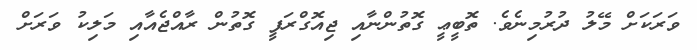
ވަރަކަށް މޭލު ދުރުމިނެވެ. ތޮބީޢީ ގޮތުންނާއި ޖިއޮގްރަފީ ގޮތުން ރާއްޖެއާއި މަލިކު ވަރަށް